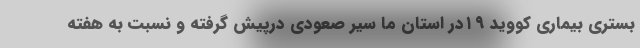
بستری بیماری کووید ۱۹در استان ما سیر صعودی درپیش گرفته و نسبت به هفته‌